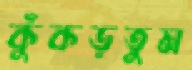
কুঁকড়তুম